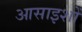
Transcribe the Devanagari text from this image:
आसाइशों